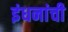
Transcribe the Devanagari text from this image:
इंधनांची